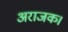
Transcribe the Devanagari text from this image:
अराजक।